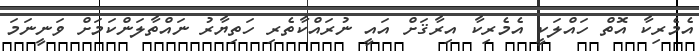
އެމެރިކާ އޮތް ހައްލަކީ އެމެރިކާ އިރާޤަށް އައީ ނުރައްކާތެރި ހަތިޔާރު ނައްތާލަންކަމަށް ވަނީނަމަ